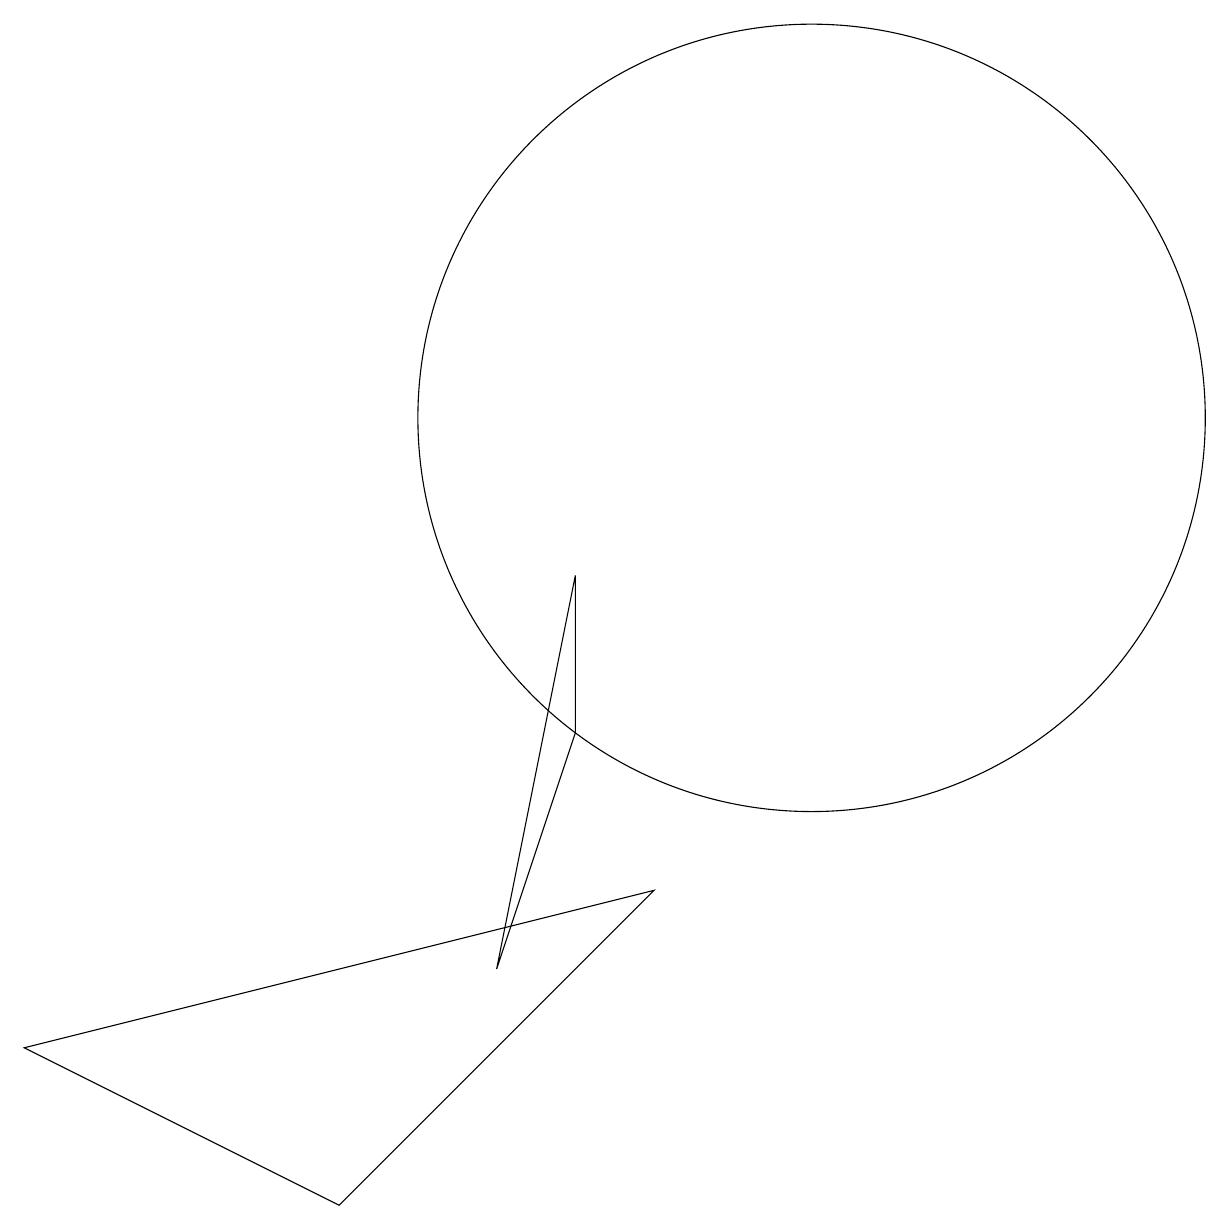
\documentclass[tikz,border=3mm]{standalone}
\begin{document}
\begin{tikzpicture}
\draw (8,6) -- (8,8) -- (7,3) -- cycle;
\draw (11,10) circle (5);
\draw (9,4) -- (5,0) -- (1,2) -- cycle;
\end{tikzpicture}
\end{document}